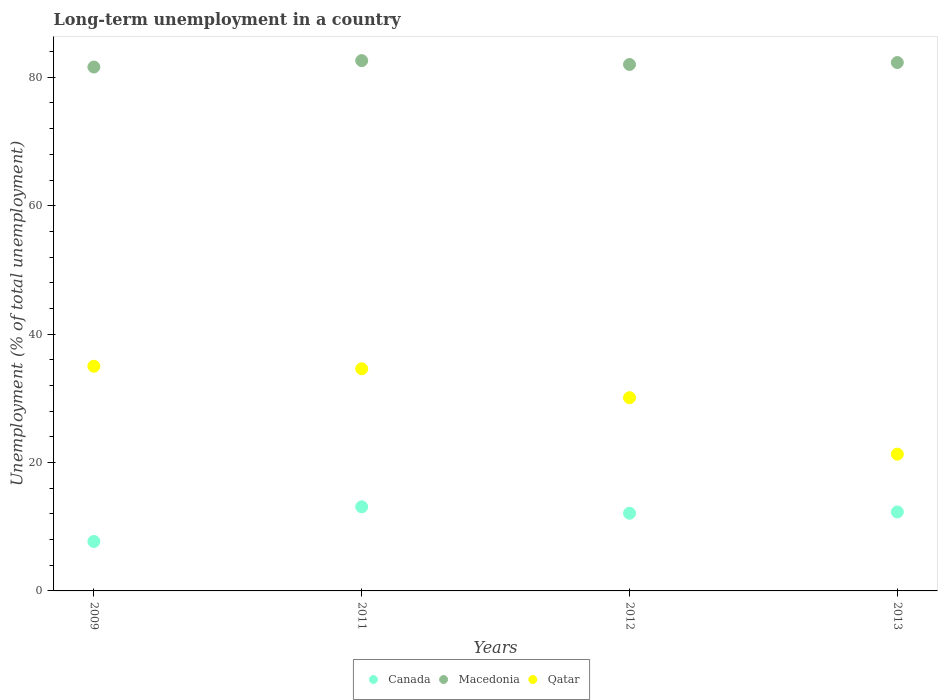
| Years | Canada | Macedonia | Qatar |
 | --- | --- | --- | --- |
 | 2009 | 7.7 | 81.6 | 35 |
 | 2011 | 13.1 | 82.6 | 34.6 |
 | 2012 | 12.1 | 82 | 30.1 |
 | 2013 | 12.3 | 82.3 | 21.3 |